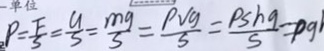
\rho = \frac { F } { S } = \frac { u } { s } = \frac { m g } { s } = \frac { \rho V g } { s } = \frac { \rho s h g } { S } = p g